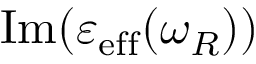
\operatorname { I m } ( \varepsilon _ { \mathrm { e f f } } ( \omega _ { R } ) )